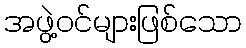
အဖွဲ့ဝင်များဖြစ်သော